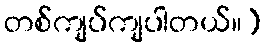
တစ်ကျပ်ကျပါတယ်။)